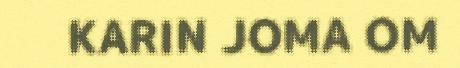
KARIN JOMA OM